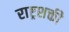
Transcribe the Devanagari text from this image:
राष्ट्रशक्ती